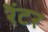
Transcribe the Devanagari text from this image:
रेंटर